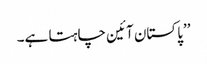
’’پاکستان آئین چاہتا ہے۔